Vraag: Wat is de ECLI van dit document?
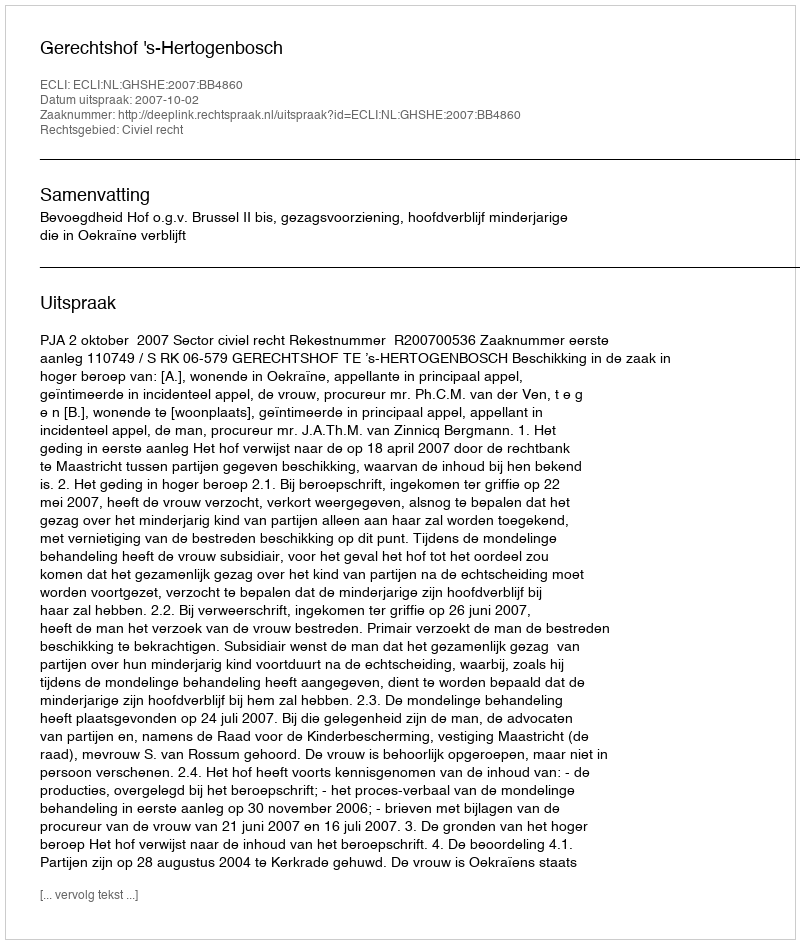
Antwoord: ECLI:NL:GHSHE:2007:BB4860